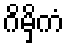
ဂိမှိကံ